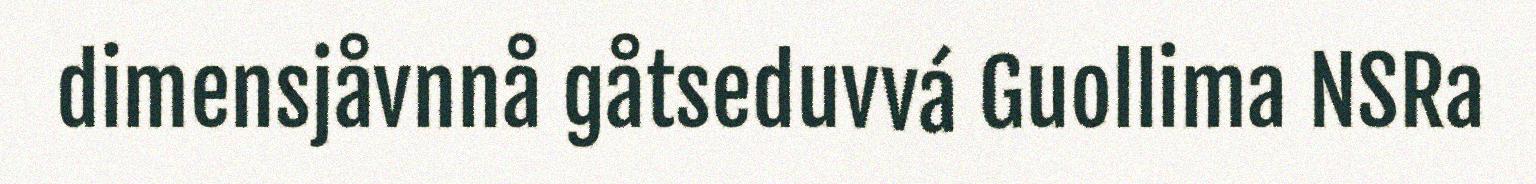
dimensjåvnnå gåtseduvvá Guollima NSRa